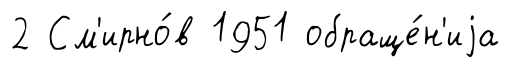
2 См'ирно́в 1951 обраще́н'иjа